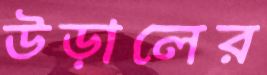
উড়ালের